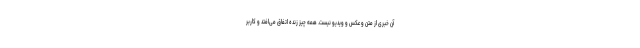
آن خبری از متن و عکس و ویدیو نیست. همه چیز زنده اتفاق می‌افتد و کاربر